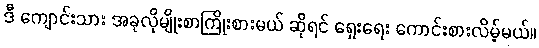
ဒီ ကျောင်းသား အခုလိုမျိုးစာကြိုးစားမယ် ဆိုရင် ရှေးရေး ကောင်းစားလိမ့်မယ်။